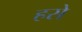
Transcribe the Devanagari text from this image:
हसे